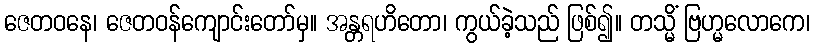
ဇေတဝနေ၊ ဇေတဝန်ကျောင်းတော်မှ။ အန္တရဟိတော၊ ကွယ်ခဲ့သည် ဖြစ်၍။ တသ္မိံ ဗြဟ္မလောကေ၊